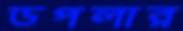
ডপলার